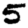
Digit: 5